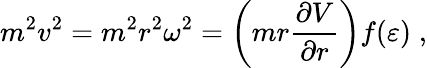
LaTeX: m^{2}v^{2}=m^{2}r^{2}\omega^{2}=\left(mr\frac{\partial V}{\partial r}\right)f(\varepsilon)\; ,